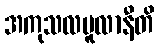
အကုသလမူလာနီတိ